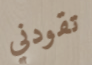
تقودني